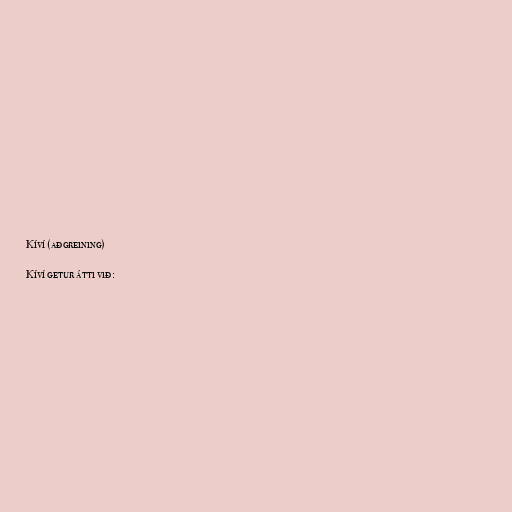
Kíví (aðgreining)

Kíví getur átti við: